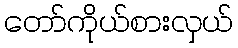
တော်ကိုယ်စားလှယ်